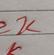
Signature authenticity: forged